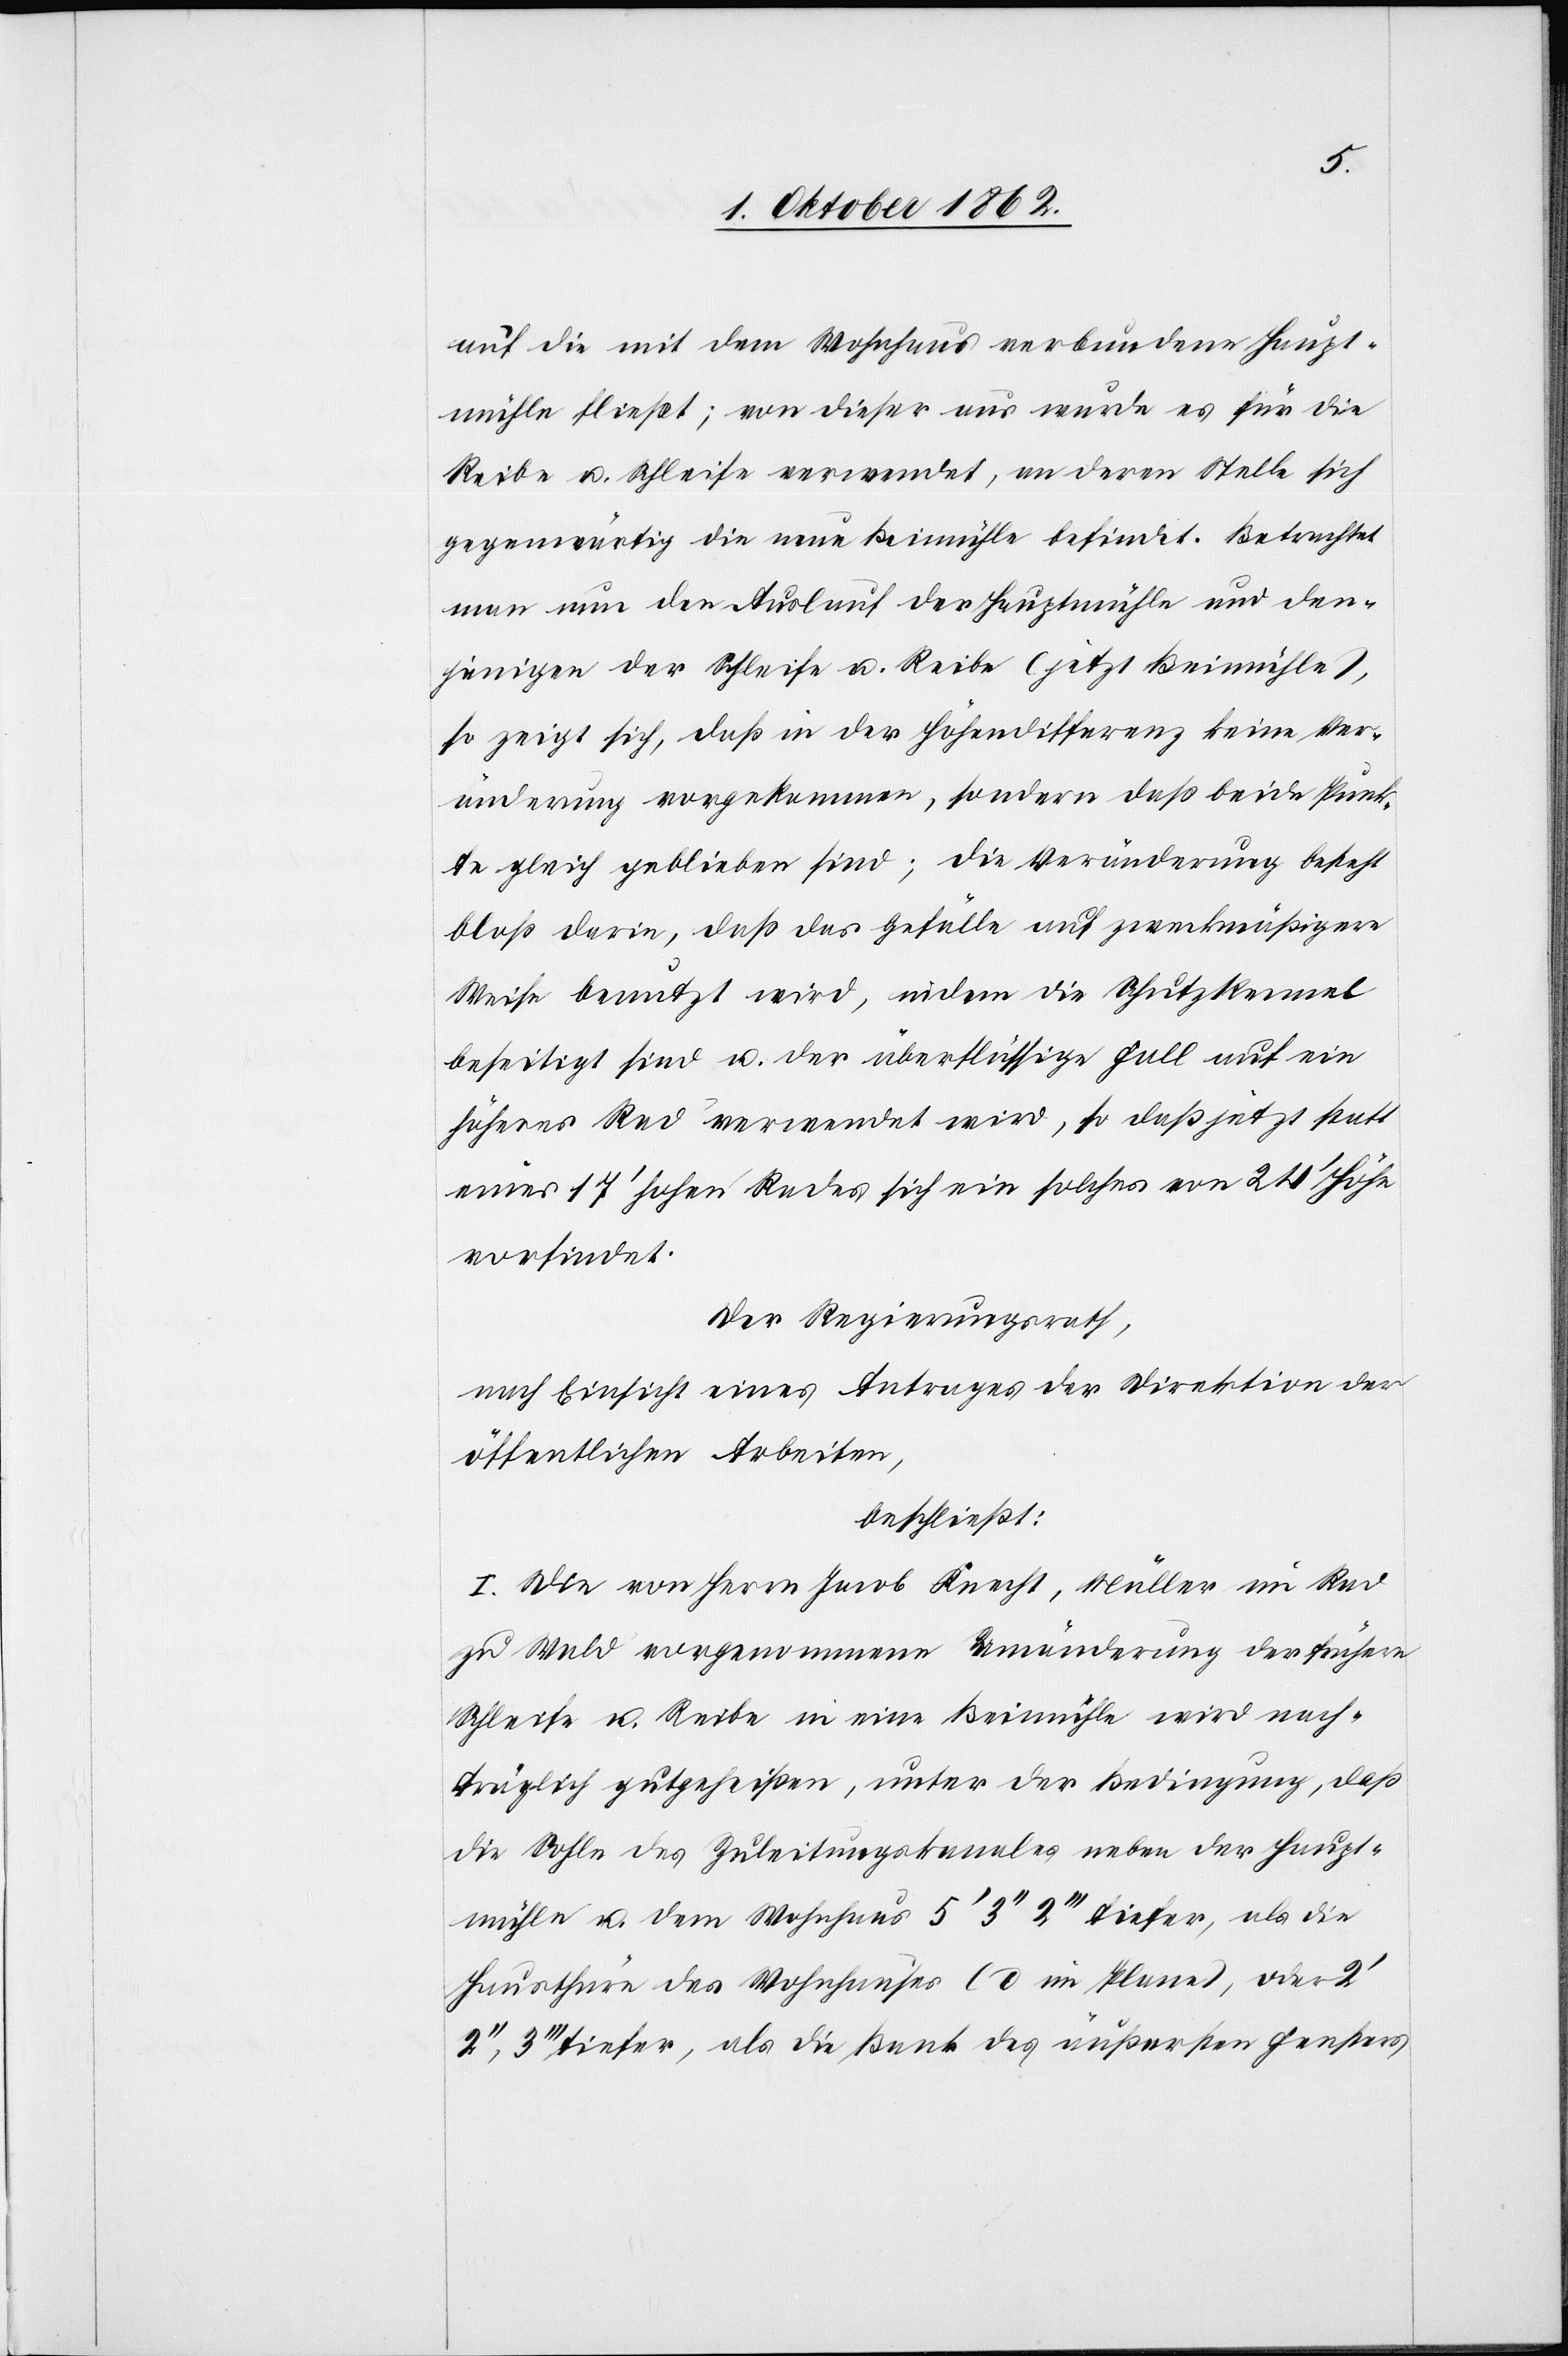
auf die mit dem Wohnhaus verbundene Haupt¬
mühle fließt; von dieser aus wurde es für die
Reibe u. Schleife verwendet, an deren Stelle sich
gegenwärtig die neue Beimühle befindet. Betrachtet
man nun den Auslauf der Hauptmühle und den¬
jenigen der Schleife u. Reibe (jetzt Beimühle),
so zeigt sich, daß in der Höhedifferenz keine Ver¬
änderung vorgekommen [sic!], sondern daß beide Punk¬
te gleich geblieben sind; die Veränderung besteht
bloß darin, daß das Gefälle auf zweckmäßigere
Weise benutzt wird, indem die Schutzkennel
beseitigt sind u. der überflüssige Fall auf ein
höheres Rad verwendet wird, so daß jetzt statt
eines 17’ hohen Rades sich ein solches von 24’ Höhe
vorfindet.
Der Regierungsrath,
nach Einsicht eines Antrages der Direktion der
öffentlichen Arbeiten,
beschließt:
I. Die von Herrn Jacob Knecht, Müller im Ra[a]d
zu Wald vorgenommene Umänderung der frühern
Schleife u. Reibe in eine Beimühle wird nach¬
träglich gutgeheißen, unter der Bedingung, daß
die Sohle des Zuleitungskanales neben der Haupt¬
mühle u. dem Wohnhaus 5’ 3’’ 2’’’ tiefer, als die
Hausthüre des Wohnhauses (d im Plane), oder 2’
tiefer, als die Bank des äußersten Fensters